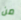
من